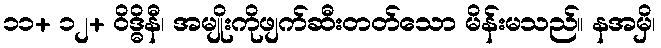
၁၁+ ၁၂+ ဝိဒ္ဓိနီ၊ အမျိုးကိုဖျက်ဆီးတတ်သော မိန်းမသည်။ နအမှိ၊